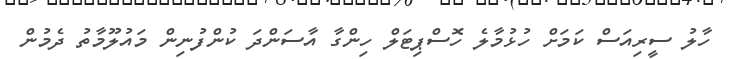
ހާލު ސީރިއަސް ކަމަށް ހުޅުމާލެ ހޮސްޕިޓަލް ހިންގާ އާސަންދަ ކުންފުނިން މައުލޫމާތު ދެމުން